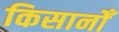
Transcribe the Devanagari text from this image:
किसानोँ